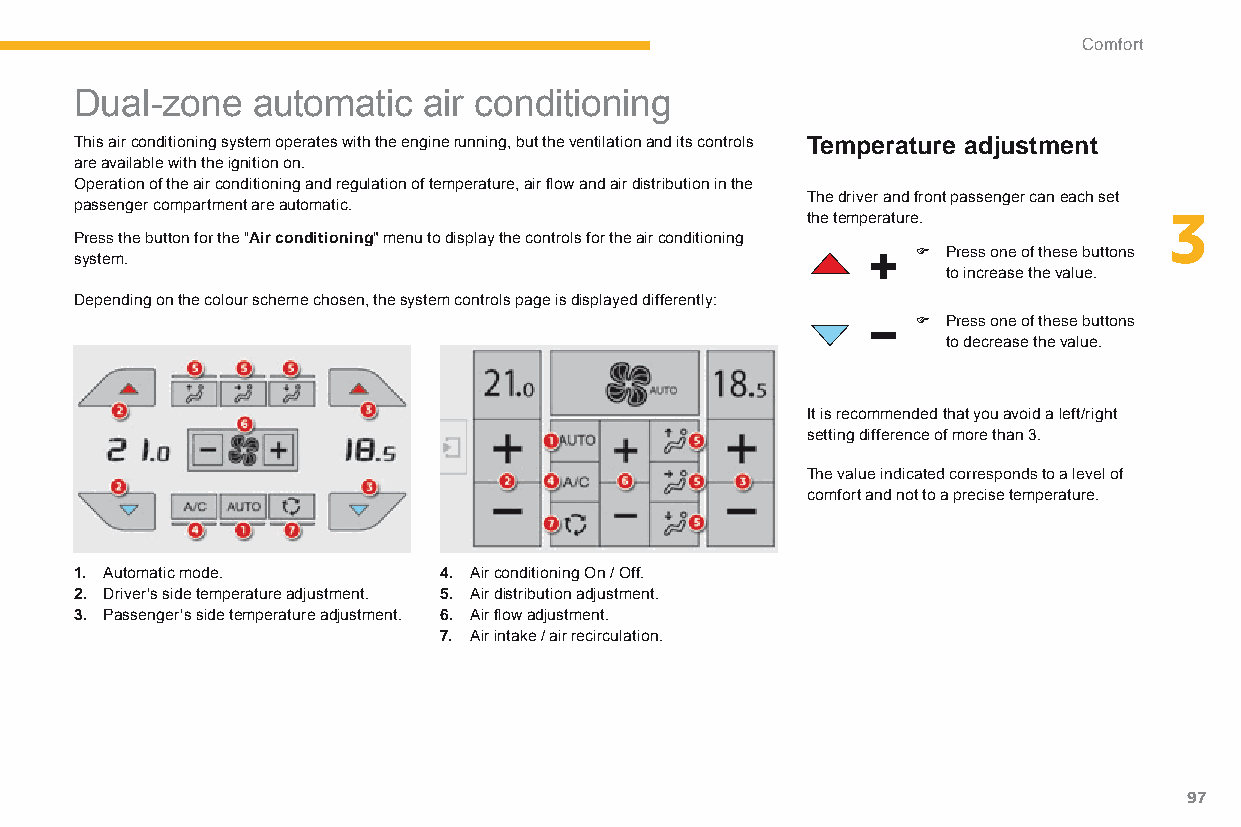
Comfort
 Dual-zone   automatic  air conditioning
 This air conditioning system operates with the engine running, but the ventilation and its controls Temperature adjustment
 are available with the ignition on.
 Operation of the air conditioning and regulation of temperature, air flow and air distribution in the
 The driver and front passenger can each set
 passenger compartment are automatic.
 the temperature.        3
 Press the button for the "Air conditioning" menu to display the controls for the air conditioning
 F Press one of these buttons
 system.
 to increase the value.
 Depending on the colour scheme chosen, the system controls page is displayed differently:
 F Press one of these buttons
 to decrease the value.
 It is recommended that you avoid a left/right
 setting difference of more than 3.
 The value indicated corresponds to a level of
 comfort and not to a precise temperature.
 1. Automatic mode.      4. Air conditioning On / Off.
 2. Driver's side temperature adjustment. 5. Air distribution adjustment.
 3. Passenger's side temperature adjustment. 6. Air flow adjustment.
 7. Air intake / air recirculation.
 97
 C4-Picasso-II_en_Chap03_confort_ed01-2015